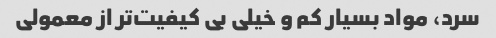
سرد، مواد بسیار کم و خیلی بی کیفیت‌تر از معمولی